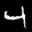
Label: 4